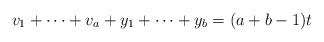
\begin{align*}v_1+\cdots+v_a+y_1+\cdots+y_b=(a+b-1)t\end{align*}